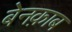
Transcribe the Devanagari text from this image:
बेनक़ाब